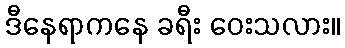
ဒီနေရာကနေ ခရီး ဝေးသလား။